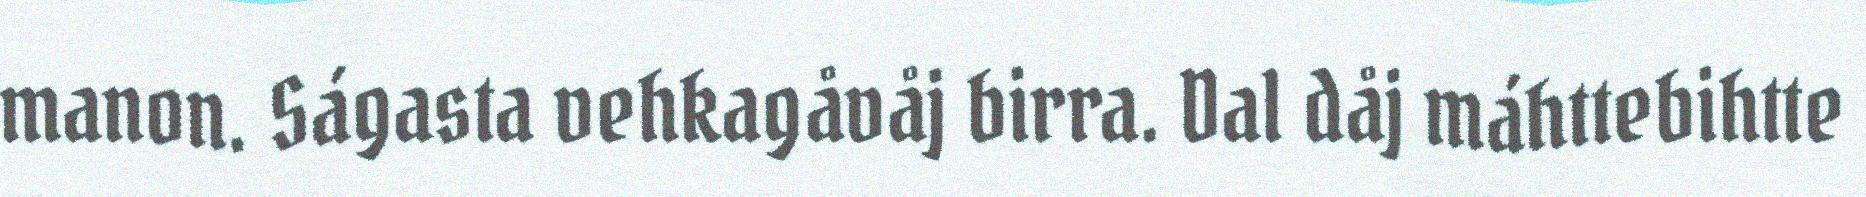
manon. Ságasta vehkagåvåj birra. Dal dåj máhttebihtte